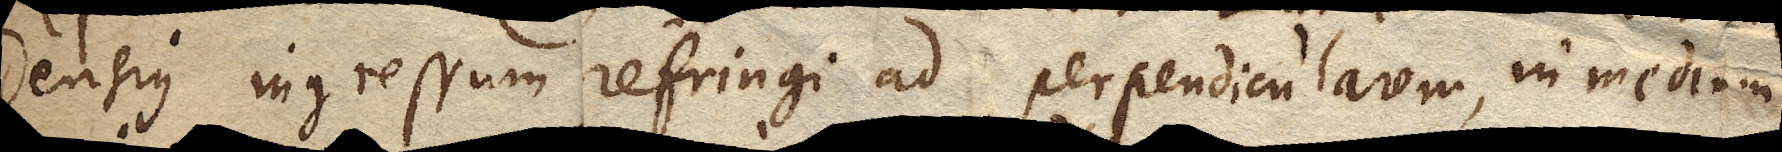
densius ingressum refringi ad perpendicularem, in medium